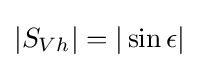
|S_{Vh}|=|\sin \epsilon |